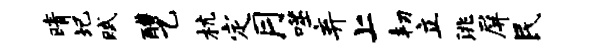
晴圯赋醴乙杭定月噬弃上韧立洮屏民